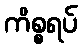
ကိစ္စရပ်